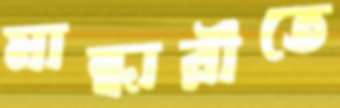
মান্ধারীতে